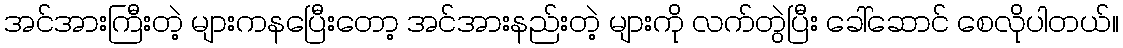
အင်အားကြီးတဲ့ များကနပြေီးတော့ အင်အားနည်းတဲ့ များကို လက်တွဲပြီး ခေါ်ဆောင် စေလိုပါတယ်။